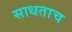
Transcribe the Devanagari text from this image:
साधताच